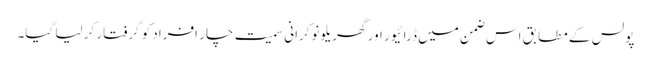
پولس کے مطابق اس ضمن میں ڈرائیور اور گھریلو نوکرانی سمیت چار افراد کو گرفتار کر لیا گیا۔